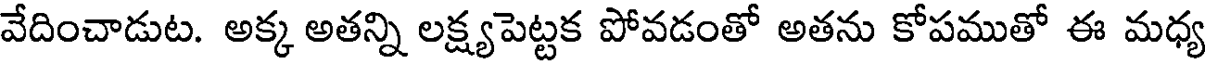
వేదించాడుట. అక్క అతన్ని లక్ష్యపెట్టక పోవడంతో అతను కోపముతో ఈ మధ్య